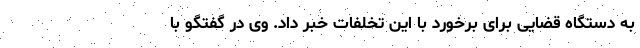
به دستگاه قضایی برای برخورد با این تخلفات خبر داد. وی در گفتگو با